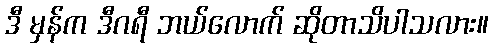
ဒီ မှန်က ဒီဂရီ ဘယ်လောက် ဆိုတာသိပါသလား။